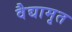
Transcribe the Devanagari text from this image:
वैद्यामृत